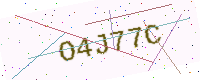
Text: O4J77C